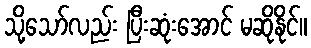
သို့သော်လည်း ပြီးဆုံးအောင် မဆိုနိုင်။